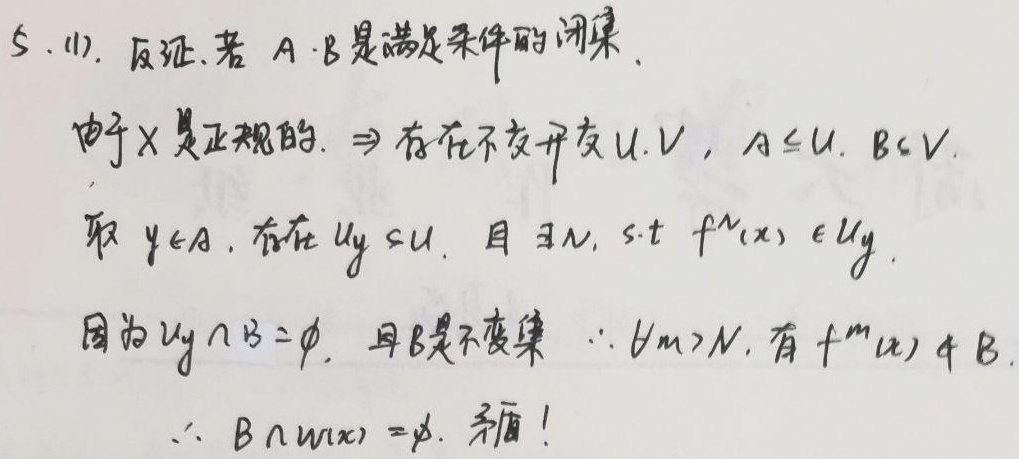
(1). 反证. 若 \(A - B\) 是满足条件的闭集. 由于 \(X\) 是正规的，\(\Rightarrow\) 存在不交开集 \(U,V\)，\(A\subseteq U\)，\(B\subseteq V\). 取 \(y\in A\)，存在 \(U_y\subseteq U\)，且 \(\exists N\)，s.t \(f^{N}(x)\in U_y\). 因为 \(U_y\cap B = \varnothing\)，且 \(B\) 是不变集，\(\therefore \forall m > N\)，有 \(f^{m}(x)\notin B\). \(\therefore B\cap \omega(x)=\varnothing\). 矛盾!